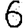
Digit: 6